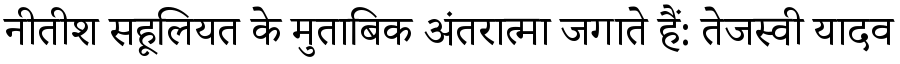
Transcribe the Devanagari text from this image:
नीतीश सहूलियत के मुताबिक अंतरात्मा जगाते हैं: तेजस्वी यादव